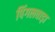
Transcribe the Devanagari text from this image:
पिंगलवाड़ा